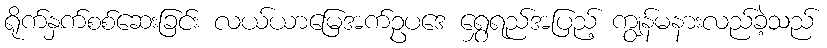
ရိုက်နှက်စစ်ဆေးခြင်း လယ်ယာမြေအက်ဥပဒေ ရွှေရည်အပြည့် ကျွန်မနားလည်ခဲ့သည်